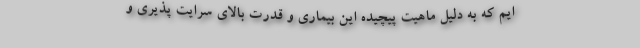
ایم که به دلیل ماهیت پیچیده این بیماری و قدرت بالای سرایت پذیری و